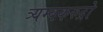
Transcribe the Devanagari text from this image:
त्र्यम्बकरुद्रो